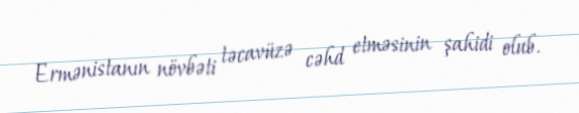
Ermənistanın növbəti təcavüzə cəhd etməsinin şahidi olub.